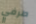
طرفي